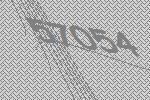
57054